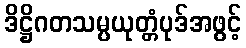
ဒိဋ္ဌိဂတသမ္ပယုတ္တံပုဒ်အဖွင့်